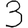
Digit: 3